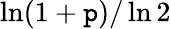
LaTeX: \ln(1+\mathtt{p})/\ln2